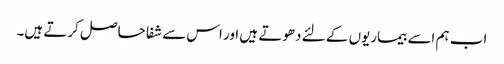
اب ہم اسے بیماریوں کے لئے دھوتے ہیں اور اس سے شفا حاصل کرتے ہیں۔